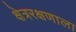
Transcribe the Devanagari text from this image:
क्षेत्ररक्षणाला